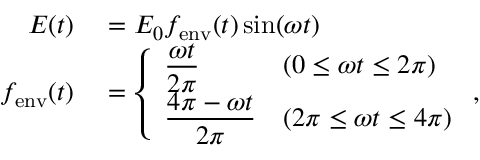
\begin{array} { r l } { E ( t ) } & { { } = E _ { 0 } f _ { \mathrm { e n v } } ( t ) \sin ( \omega t ) } \\ { f _ { \mathrm { e n v } } ( t ) } & { { } = \left\{ \begin{array} { l l } { \displaystyle \frac { \omega t } { 2 \pi } } & { ( 0 \leq \omega t \leq 2 \pi ) } \\ { \displaystyle \frac { 4 \pi - \omega t } { 2 \pi } } & { ( 2 \pi \leq \omega t \leq 4 \pi ) } \end{array} \right. , } \end{array}